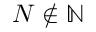
N \notin \mathbb { N }